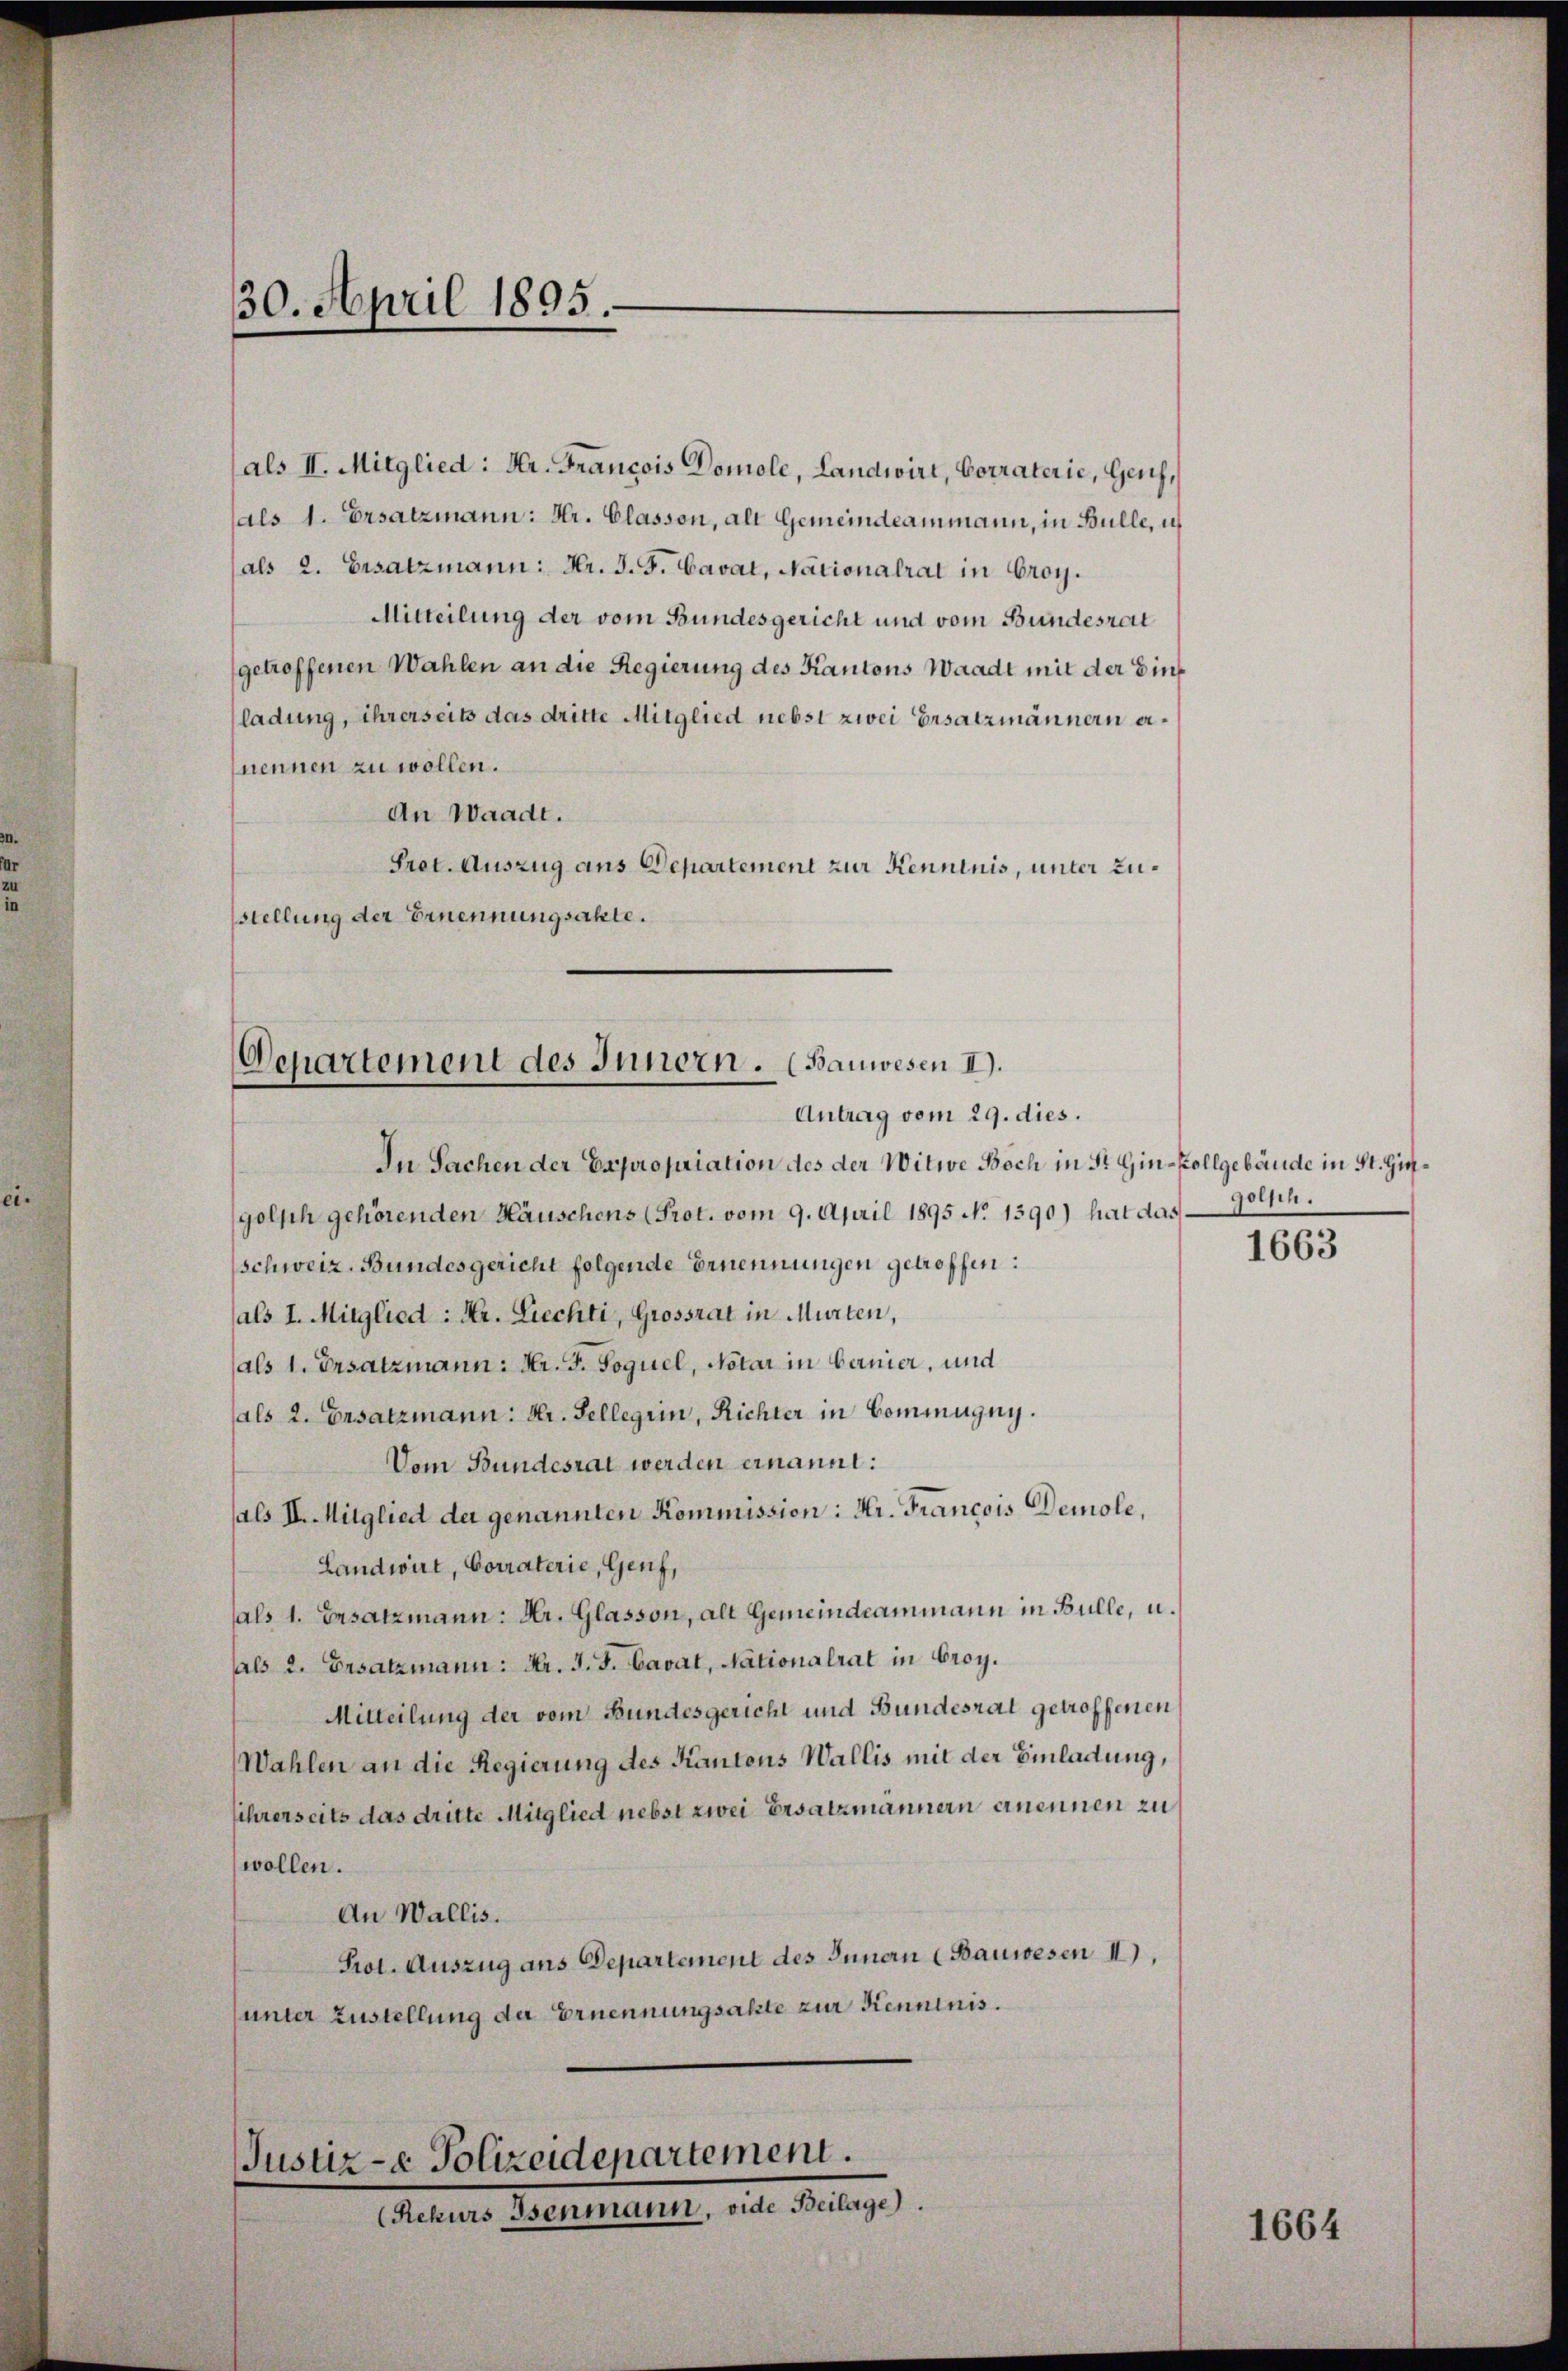
30. April 1895.

als II. Mitglied: Hr. Francois Domole, Landwirt, Corraterie, Genf,
als 1. Ersatzmann: Hr. Classon, als Gemeindeammann, in Bulle, ich
(als 2. Besatzmann: Hr. J. J. Cavat, Nationalrat in Croy.
Mitteilung der vom Bundesgericht und vom Bundesrat
getroffenen Wahlen an die Regierung des Kantons Waadt mit der Einladung, ihrerseits das dritte Mitglied nebst zwei Ersatzmännern ernennen zu wollen.
An Waadt.
Pret. Auszug aus Departement zur Kenntnis, unter Zustellung der Ernennungsakte.

Departement des Innern. (Bauwesen II).
Antrag vom 29. dies.

In Sachen der Expropriation des der Witwe Boch in St. Gin-Kollgebäude in St. Giegolsch gehörenden Häuschens (Prot. vom 9. April 1895 No 1390) hat das
schweiz. Bundesgericht folgende Ernennungen getroffen:
als I. Mitglied : Hr. Liechti, Grossrat in Murten,
(als 1. Ersatzmann: Hr. F. Joquel, Notar in bernier, und
(als 2. Ersatzmann: Hr. Sellegiin, Richter in Commugny.
Vom Bundesrat werden ernannt:
als II. Mitglied der genannten Kommission: Hr. Francois Demole,
Landwirt, Corraterie, Genf,
sals 1. Ersatzmann: Hr. Glasson, als Gemeindeammann in Bulle, u.
als 2. Ersatzmann: Hr. J. J. Lavat, Nationalrat in Croy.
Mitteilung der vom Bundesgericht und Bundesrat getroffenen
Wahlen an die Regierung des Kantons Wallis mit der Einladung,
sihrerseits das dritte Mitglied nebst zwei Ersatzmännern ernennen zu
wollen.
An Wallis.
Prot. Auszug aus Departement des Innern (Bauwesen II).
unter Zustellung der Ernennungsakte zur Kenntnis.

Justiz- & Polizeidepartement.
(Rekurs Isenmann, vide Beilage).

golsch.

1663

1664